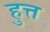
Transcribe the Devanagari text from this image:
हुत्त